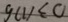
g ( 1 ) \leq 0